Annual administration report of the Civil Veterinary Department of India - 1892-1893
Year: 1892
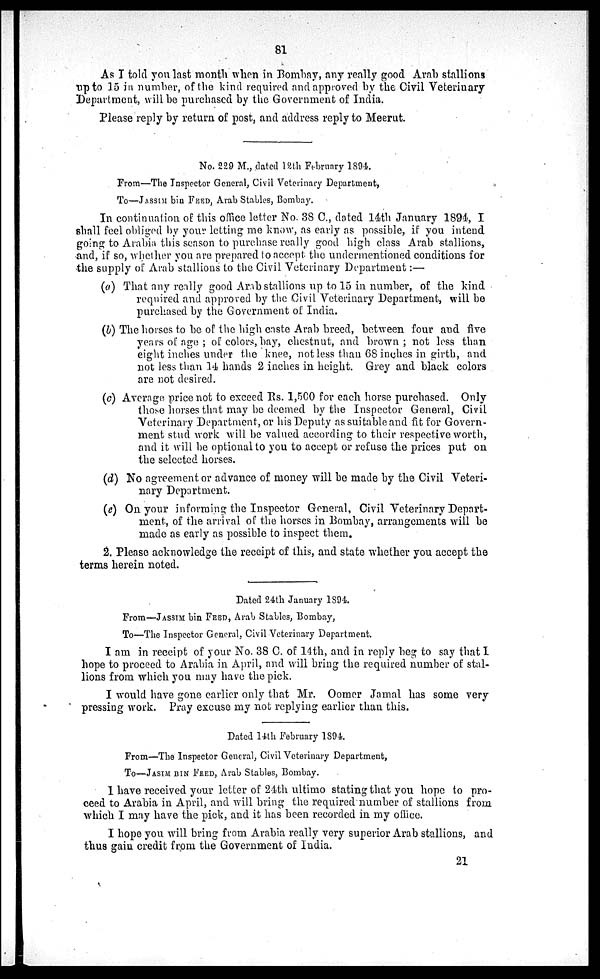
81
As I told you last month when in Bombay, any really good Arab stallions
up to 15 in number, of the kind required and approved by the Civil Veterinary
Department, will be purchased by the Government of India.
Please reply by return of post, and address reply to Meerut.
No. 229 M., dated 12th February 1894.
From—The Inspector General, Civil Veterinary Department,
To—JASSIM bin FEED, Arab Stables, Bombay.
In continuation of this office letter No. 38 C., dated 14th January 1894, I
shall feel obliged by your letting me know, as early as possible, if you intend
going to Arabia this season to purchase really good high class Arab stallions,
and, if so, whether you are prepared to accept the undermentioned conditions for
the supply of Arab stallions to the Civil Veterinary Department:—
(a) That any really good Arab stallions up to 15 in number, of the kind
required and approved by the Civil Veterinary Department, will be
purchased by the Government of India.
(b) The horses to be of the high caste Arab breed, between four and five
years of age; of colors, bay, chestnut, and brown; not less than
eight inches under the knee, not less than 68 inches in girth, and
not less than 14 hands 2 inches in height. Grey and black colors
are not desired.
(c) Average price not to exceed Rs. 1,500 for each horse purchased. Only
those horses that may be deemed by the Inspector General, Civil
Veterinary Department, or his Deputy as suitable and fit for Govern-
ment stud work will be valued according to their respective worth,
and it will be optional to you to accept or refuse the prices put on
the selected horses.
(d) No agreement or advance of money will be made by the Civil Veteri-
nary Department.
(e) On your informing the Inspector General, Civil Veterinary Depart-
ment, of the arrival of the horses in Bombay, arrangements will be
made as early as possible to inspect them.
2. Please acknowledge the receipt of this, and state whether you accept the
terms herein noted.
Dated 24th January 1894.
From—JASSIM bin FEED, Arab Stables, Bombay,
To—The Inspector General, Civil Veterinary Department.
I am in receipt of your No. 38 C. of 14th, and in reply beg to say that I
hope to proceed to Arabia in April, and will bring the required number of stal-
lions from which you may have the pick.
I would have gone earlier only that Mr. Oomer Jamal has some very
pressing work. Pray excuse my not replying earlier than this.
Dated 14th February 1894.
From—The Inspector General, Civil Veterinary Department,
To—JASSIM bin FEED, Arab Stables, Bombay.
I have received your letter of 24th ultimo stating that you hope to pro-
ceed to Arabia in April, and will bring the required number of stallions from
which I may have the pick, and it has been recorded in my office.
I hope you will bring from Arabia really very superior Arab stallions, and
thus gain credit from the Government of India.
21